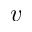
v